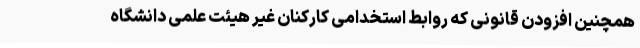
همچنین افزودن قانونی که روابط استخدامی کارکنان غیر هیئت علمی دانشگاه